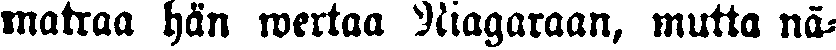
matraa hän wertaa Niagaraan, mutta nä-